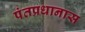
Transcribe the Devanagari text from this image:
पंतप्रधानास